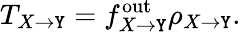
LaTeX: T_{X\to\mathtt{Y}}=f_{X\to\mathtt{Y}}^{\mathrm{{out}}}\rho_{X\to\mathtt{Y}}.